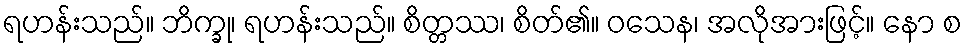
ရဟန်းသည်။ ဘိက္ခု၊ ရဟန်းသည်။ စိတ္တဿ၊ စိတ်၏။ ဝသေန၊ အလိုအားဖြင့်။ နော စ